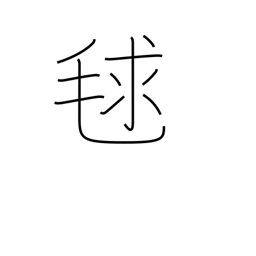
Meaning: burr